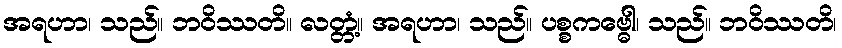
အရဟာ၊ သည်။ ဘဝိဿတိ။ လတ္တံ့။ အရဟာ၊ သည်။ ပစ္စကဗ္ဓေါ၊ သည်။ ဘဝိဿတိ၊